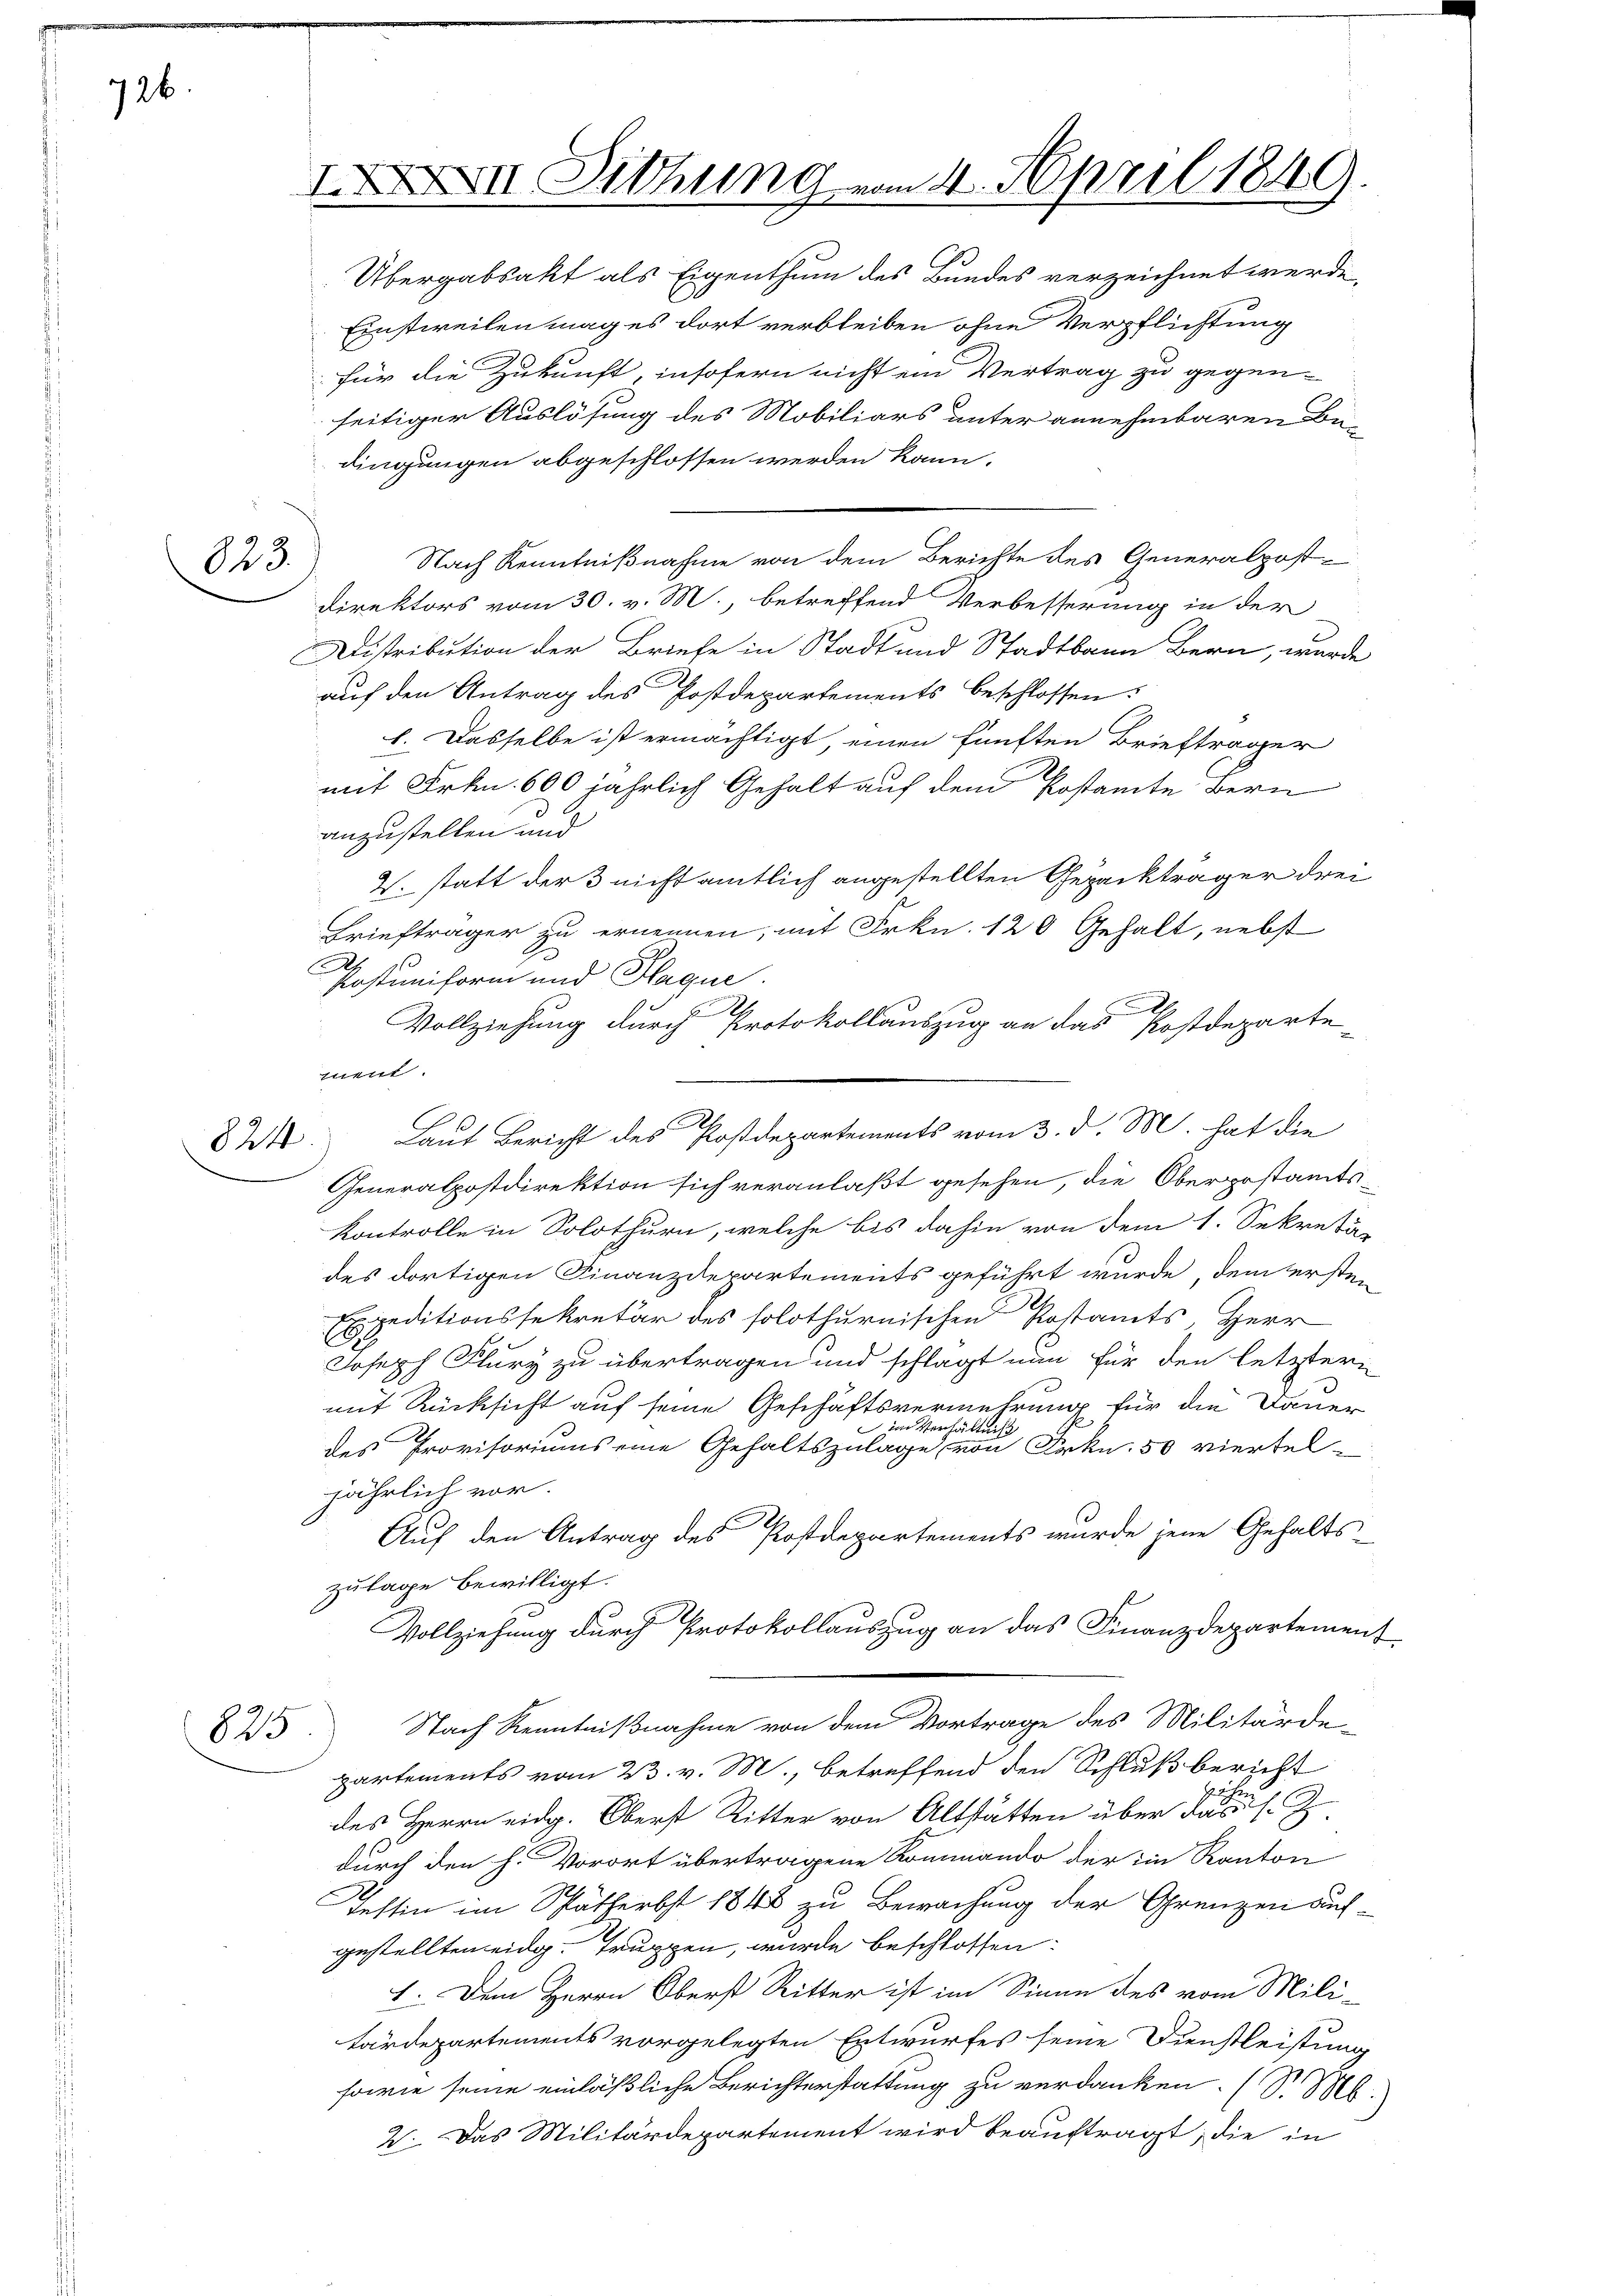
726.

823.

824.

Einstweilen mag es dort verbleiben ohne Verpflichtung
für die Zukunft, insofern nicht ein Vertrag zu gegen-
seitiger Auslösung des Mobiliars unter annehmbaren Büdingungen abgeschlossen werden kann.
Nach Kenntnißnahme von dem Berichte des Generalpost-
Direktors vom 30. v. M., betreffend Verbesserung in der
Distribution der Briefe in Stadt und Stadtbann Bern, wurde
auf den Antrag des Postdepartements beschlossen:
1. Dasselbe ist ermächtigt, einen fünften Briefträger
mit Frkn. 600 jährlich Gehalt auf dem Postamte Bern
anzustellen und
V. statt der 3 nicht amtlich angestellten Gezückträger drei
Briefträger zu ernennen, mit Frkn. 120 Gehalt, nebst
Postuniform und Plagun
x
.
Vollziehung durch Protokollauszug an das Postdepartement.
Laut Bericht des Postdepartements vom 3. d. M. hat die
Generalpostdirektion sich veranlaßt gesehen, die Oberpostamts-
Kontrolle in Solothurn, welche bis dahin von dem 1. Sekretär
des dortigen Finanzdepartements geführt wurde, dem ersten
peditionssekretär des solothurnischen Postamts, Herr
C
Joseph Flury zu übertragen und schlägt nun für den letztern
mit Rücksicht auf seine Geschäftsvermehrung für die Dauer
im Verhältniß
des Provisoriums eine Gehaltszulage, von Frkn. 50 viertel-
jährlich vor.
Auf den Antrag des Postdepartements wurde jene Gehalts
zulage bewilligt.
Vollziehung durch Protokollauszug an das Finanzdepartement
Nach Kenntnißnahme von dem Vortrage des Militärde-
partements vom 23. v. M., betreffend den Schluß bericht
des Herrn eidg. Oberst Ritter von Altstätten über das
durch den h. Vorort übertragene Kommando der im Kanton
Testin im Spätherbst 1848 zu Bewachung der Grenzen auf-
gestellten eidg. Truppen, wurde beschlossen:
I. Dem Herrn Oberst Ritter ist im Sinne des vom Mili-
tärdepartements vorgelegten Entwurfes seine Dienstleistung
sowie seine einläßliche Berichterstattung zu verdanken. (S. M.
2. Das Militärdepartement wird beauftragt, die in

825

IXXVII. Dithung vom 4. April 1849.
Übergabsakt als Eigenthum des Bundes verzeichnet werde,